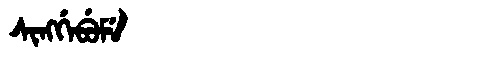
Manchu: ᠰᡳᠩᡤᡝᠪᡠᠮᡝ
Romanization: SINGGEBUME